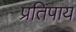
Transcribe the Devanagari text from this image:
प्रतिपाय